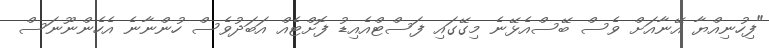
"ފިހުނިއްޔާ އޭނާއަށް ވެސް ބޭސްއެޅޭނެ މިގޭގައި ފަސްޓްއެއިޑު ފޮށްޓެއް އަބަދުވެސް ހުންނާނެ އެހެންނޫނަސް